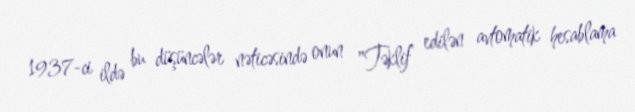
1937-ci ildə bu düşüncələr nəticəsində onun "Təklif edilən avtomatik hesablama